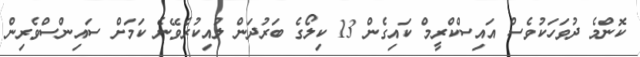
ކޮންމެ ދުވަހަކުވެސް އައިސްކްރީމް ކައިގެން 13 ކިލޯގެ ބަރުދަން ލުއިކުރެވޭނެ ކަމަށް ސައިންސްވެރިން